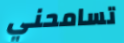
تسامحني